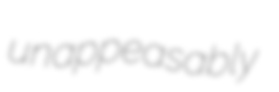
unappeasably